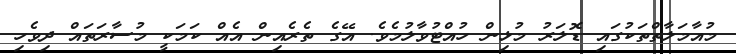
މުއާމަލާތްތަކުގައި ޑޮލަރު މުޅިން ހުއްޓުވާލުމެވެ. އޭގެ ތެރެއިން އެއް ކަމަކީ މުސާރަތައް ދިވެހި